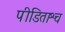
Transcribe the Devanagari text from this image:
पीडिताश्च